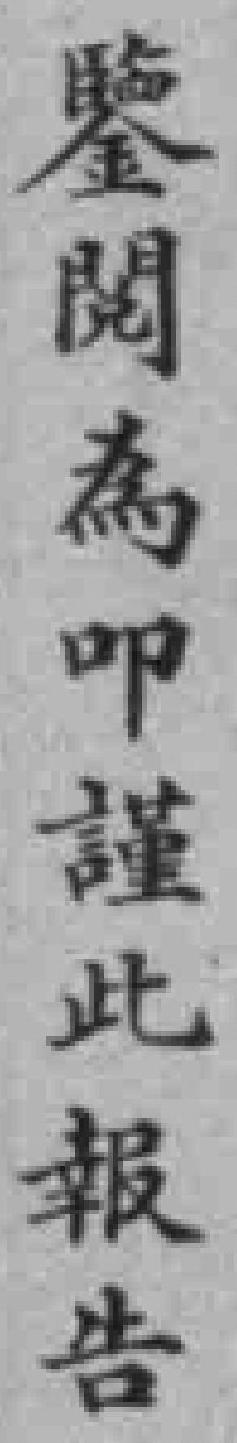
鑒閱為叩謹此報告